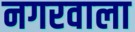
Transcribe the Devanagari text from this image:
नगरवाला